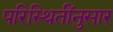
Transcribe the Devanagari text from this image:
परिस्थितींनुसार